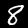
Digit: 8